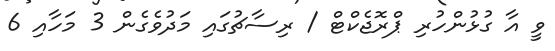
ވީ އާ ގުޅުންހުރި ޕްރޮޖެކްޓް / ރިސާޗުގައި މަދުވެގެން 3 މަހާއި 6